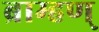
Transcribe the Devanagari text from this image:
ब्राम्हण्